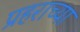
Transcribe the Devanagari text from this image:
प्रहराच्या